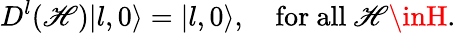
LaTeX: D^{l}(\mathscr{H})|l,0\rangle=|l,0\rangle,~~~~\mathrm{{for~all}}~\mathscr{H}\inH.